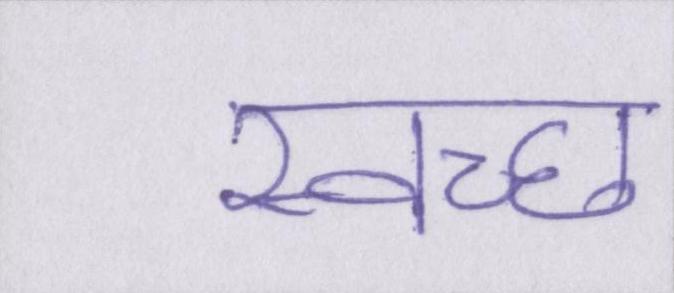
स्वच्छ